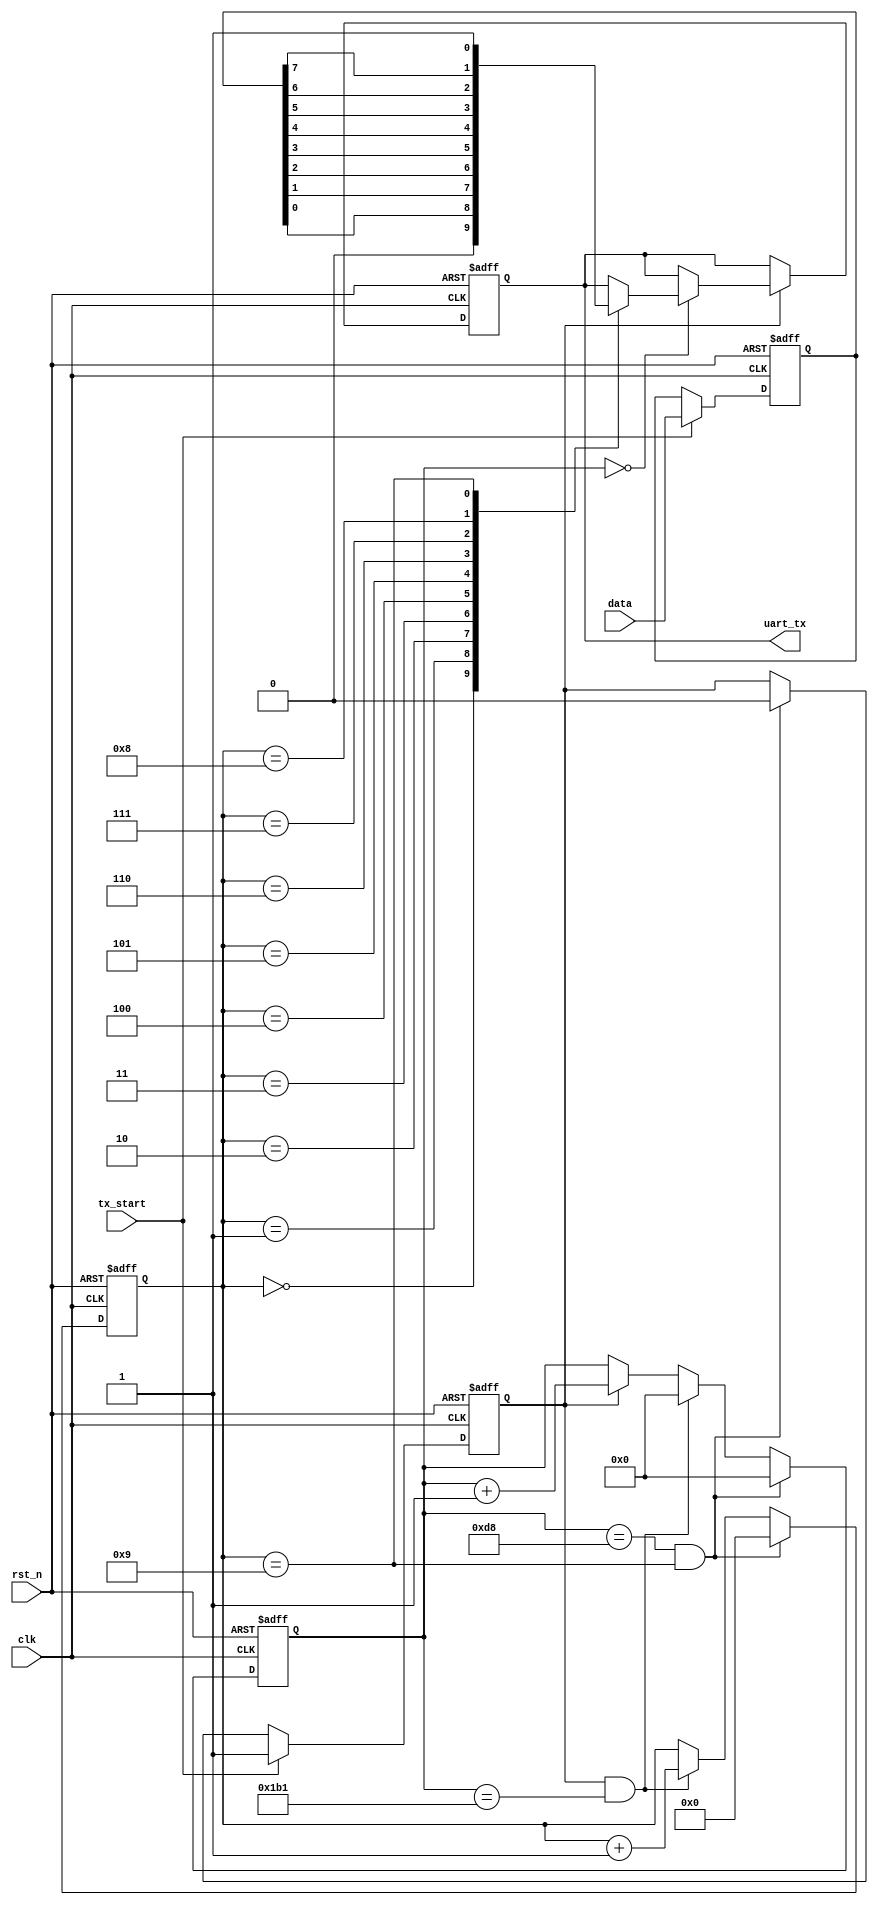
//***************************************************************************
//PC
//	:9600 8,
//
//:Ray
//:2021-4-24
//***************************************************************************
module uart_tx(
 input            clk,
 input            rst_n,
 output   reg     uart_tx,
 input    [7:0]   data,
 input            tx_start			//
 );
 
 
parameter   CLK_FREQ = 50000000;	      //50M           
parameter   UART_BPS = 115200;     		//                
localparam  PERIOD   = CLK_FREQ/UART_BPS;  
 
reg [7:0] tx_data;        //
reg start_tx_flag;        //
 
//PERIOD
reg   [15:0]   cnt0;
wire           add_cnt0;
wire           end_cnt0;
 
//
reg   [3:0]    cnt1;
wire           add_cnt1;
wire           end_cnt1;
 
 
 //
 always  @(posedge clk or negedge rst_n)begin
    if(rst_n==1'b0)begin
        start_tx_flag<=0;
		  tx_data<=0;
    end
    else if(tx_start) begin
        start_tx_flag<=1;    
		  tx_data<=data;      //
		  
    end
    else if(end_cnt1) begin
        start_tx_flag<=0;
    end
end
 
always @(posedge clk or negedge rst_n)begin
    if(!rst_n)begin
        cnt0 <= 0;
    end
	 else if(end_cnt1) begin
	     cnt0 <= 0;
	 end
	 else if(end_cnt0) begin
	     cnt0 <= 0;
	 end
    else if(add_cnt0)begin
        cnt0 <= cnt0 + 1;
    end
end
assign add_cnt0 = start_tx_flag;       
assign end_cnt0 = add_cnt0 && cnt0==PERIOD-1;   //
 
always @(posedge clk or negedge rst_n)begin
    if(!rst_n)begin
        cnt1 <= 0;
    end
	 else if(end_cnt1) begin
	     cnt1 <= 0;
	 end
    else if(add_cnt1)begin
        cnt1 <= cnt1 + 1;
    end
end
 
assign add_cnt1 = end_cnt0 ;    
assign end_cnt1 = (cnt0==((PERIOD-1)/2))&& (cnt1==10-1);   //10
 
always  @(posedge clk or negedge rst_n)begin
      if(rst_n==1'b0)begin
         uart_tx<=1;               //
      end
      else if(start_tx_flag) begin
		  if(cnt0==0)begin
           case(cnt1)
            4'd0:uart_tx<=0;         //      
            4'd1:uart_tx<=tx_data[0]; 
				4'd2:uart_tx<=tx_data[1]; 
            4'd3:uart_tx<=tx_data[2];
            4'd4:uart_tx<=tx_data[3];
            4'd5:uart_tx<=tx_data[4];
            4'd6:uart_tx<=tx_data[5];
            4'd7:uart_tx<=tx_data[6];
            4'd8:uart_tx<=tx_data[7];
            4'd9:uart_tx<=1;       //  
				default:;   
          endcase
        end  
      end 
end
endmodule